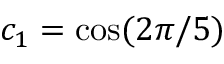
c _ { 1 } = \cos ( 2 \pi / 5 )